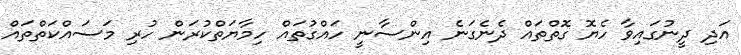
އަދި ދީނުގައިވާ ހެޔޮ ގޮތްތައް ދެނެގަނެ އިންސާނީ ހައްގުތައް ހިމާޔަތްކުރަން ހުރި މަސައްކަތްތައް